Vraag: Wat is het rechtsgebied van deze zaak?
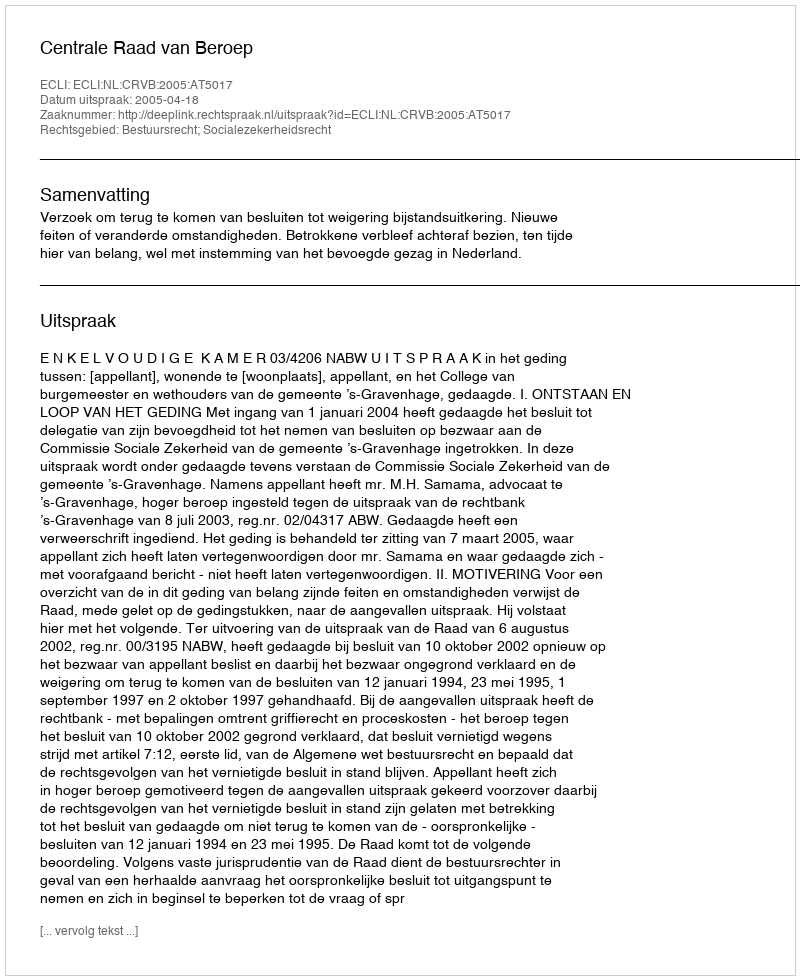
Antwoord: Bestuursrecht; Socialezekerheidsrecht